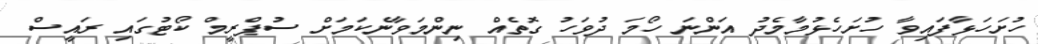
ހުށަހަޅާފައިވާ ހުށަހެޅުމާމެދު އަންނަ ހޯމަ ދުވަހު ގޮތެއް ނިންމަވާނެކަމަށް ސުޕްރީމް ކޯޓުގައި ރައީސް